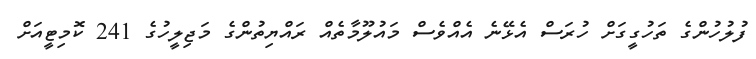
ފުލުހުންގެ ތަހުގީގަށް ހުރަސް އެޅޭނެ އެއްވެސް މައުލޫމާތެއް ރައްޔިތުންގެ މަޖިލީހުގެ 241 ކޮމިޓީއަށް